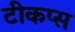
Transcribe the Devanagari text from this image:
टीकप्स